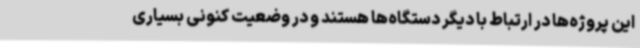
این پروژه‌ها در ارتباط با دیگر دستگاه‌ها هستند و در وضعیت کنونی بسیاری